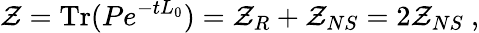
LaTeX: {\cal Z}=\mathrm{Tr}(Pe^{-tL_{0}})={\cal Z}_{R}+{\cal Z}_{NS}=2{\cal Z}_{NS}\ ,